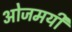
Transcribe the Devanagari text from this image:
ओजमयी